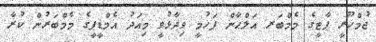
ޖުމްހޫރީ ޕާޓީގެ މެމްބަރ އަލްޙާން ފަހުމީ ވިދާޅުވީ މިއަދު އެމްޑީޕީގެ މެމްބަރުން ކުރާ